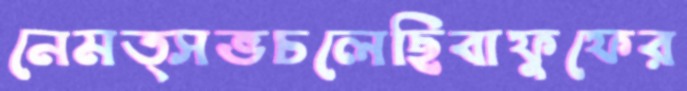
নেমত্সভচলেছিবাফুফের